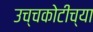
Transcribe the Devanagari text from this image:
उच्चकोटीच्या